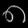
Digit: ၈